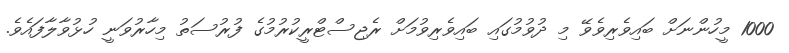
1000 މީހުންނަށް ބައިވެރިވެވޭ މި ދުވުމުގައި ބައިވެރިވުމަށް ރެޖިސްޓްރީކުރުމުގެ ފުރުސަތު މިހާރުވަނީ ހުޅުވާލާފައެވެ.